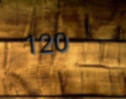
120